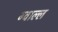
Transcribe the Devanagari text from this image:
ग्वाल्ल